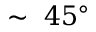
\sim ~ 4 5 ^ { \circ }